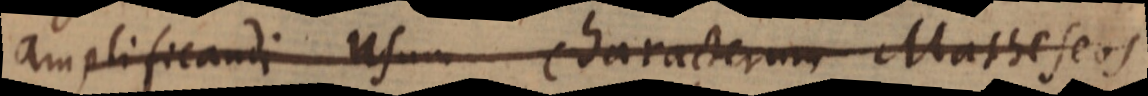
amplificandi usum characterum Matheseos